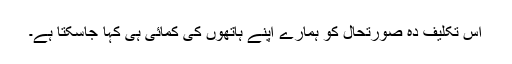
اس تکلیف دہ صورتحال کو ہمارے اپنے ہاتھوں کی کمائی ہی کہا جاسکتا ہے۔